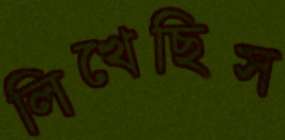
লিখেছিস